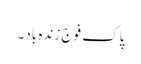
پاک فوج زندہ باد۔